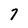
Character: 7